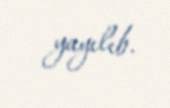
yayılıb.